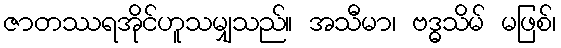
ဇာတဿရအိုင်ဟူသမျှသည်။ အသီမာ၊ ဗဒ္ဓသိမ် မဖြစ်၊